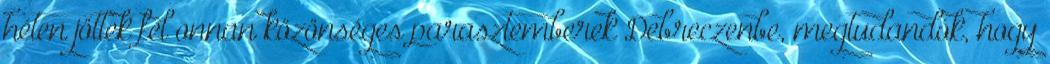
héten jöttek fel onnan közönséges parasztemberek Debreczenbe, megtudandók, hogy